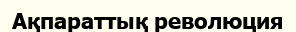
Ақпараттық революция